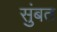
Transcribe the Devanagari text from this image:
सुंबत